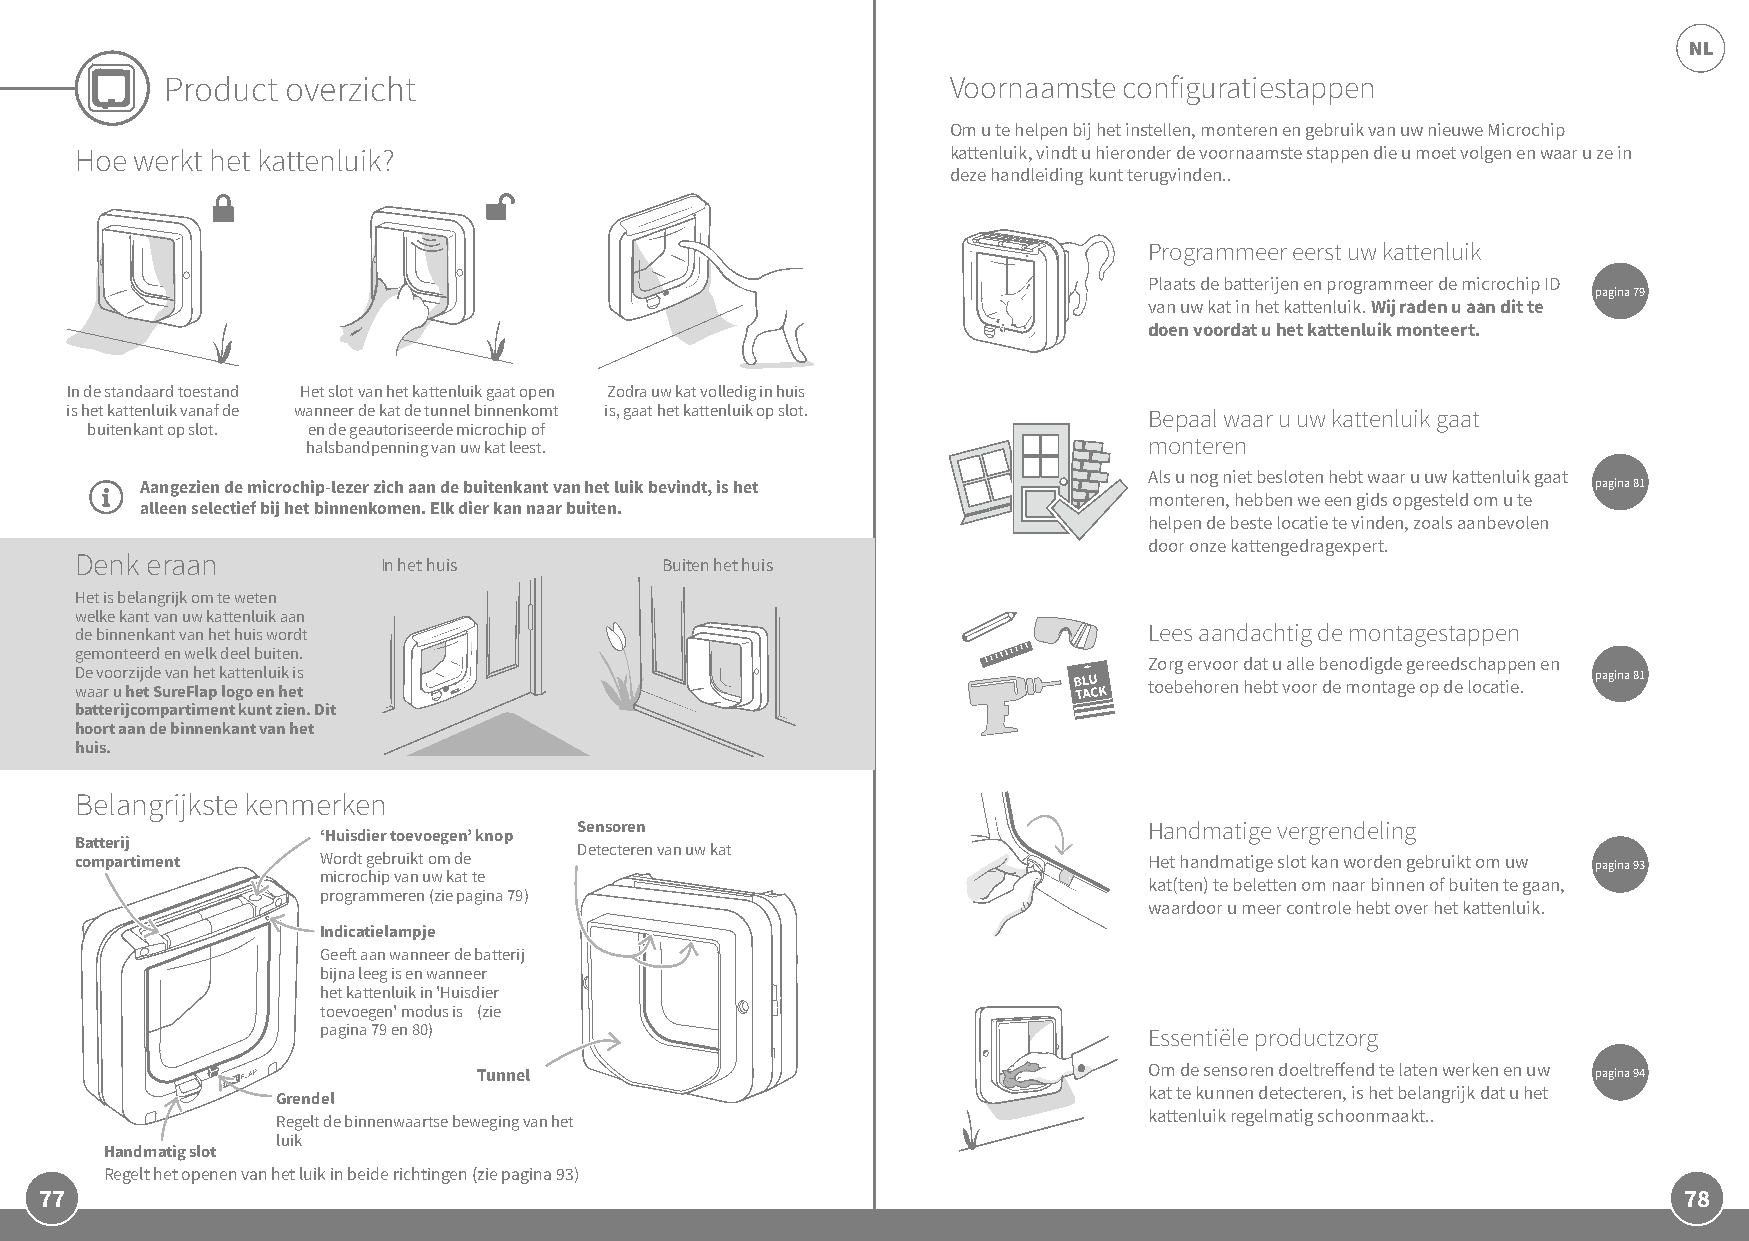
NL
 Product overzicht                                   Voornaamste configuratiestappen
 Om u te helpen bij het instellen, monteren en gebruik van uw nieuwe Microchip
 Hoe werkt het kattenluik?                                 kattenluik, vindt u hieronder de voornaamste stappen die u moet volgen en waar u ze in
 deze handleiding kunt terugvinden..
 Programmeer eerst uw kattenluik
 Plaats de batterijen en programmeer de microchip ID
 pagina 79
 van uw kat in het kattenluik. Wij raden u aan dit te
 doen voordat u het kattenluik monteert.
 In de standaard toestand Het slot van het kattenluik gaat open Zodra uw kat volledig in huis
 is het kattenluik vanaf de wanneer de kat de tunnel binnenkomt is, gaat het kattenluik op slot. Bepaal waar u uw kattenluik gaat
 buitenkant op slot. en de geautoriseerde microchip of
 halsbandpenning van uw kat leest.                       monteren
 Als u nog niet besloten hebt waar u uw kattenluik gaat
 Aangezien de microchip-lezer zich aan de buitenkant van het luik bevindt, is het                 pagina 81
 monteren, hebben we een gids opgesteld om u te
 alleen selectief bij het binnenkomen. Elk dier kan naar buiten.
 helpen de beste locatie te vinden, zoals aanbevolen
 door onze kattengedragexpert.
 Denk eraan
 In het huis        Buiten het huis
 Het is belangrijk om te weten
 welke kant van uw kattenluik aan
 de binnenkant van het huis wordt                                       Lees aandachtig de montagestappen
 gemonteerd en welk deel buiten.
 Zorg ervoor dat u alle benodigde gereedschappen en
 De voorzijde van het kattenluik is                                                                   pagina 81
 waar u het SureFlap logo en het                                        toebehoren hebt voor de montage op de locatie.
 batterijcompartiment kunt zien. Dit
 hoort aan de binnenkant van het
 huis.
 Belangrijkste kenmerken
 Sensoren                              Handmatige vergrendeling
 ‘Huisdier toevoegen’ knop
 Batterij                         Detecteren van uw kat
 compartiment    Wordt gebruikt om de                                   Het handmatige slot kan worden gebruikt om uw pagina 93
 microchip van uw kat te
 kat(ten) te beletten om naar binnen of buiten te gaan,
 programmeren (zie pagina 79)
 waardoor u meer controle hebt over het kattenluik.
 Indicatielampje
 Geeft aan wanneer de batterij
 bijna leeg is en wanneer
 het kattenluik in 'Huisdier
 toevoegen' modus is (zie
 pagina 79 en 80)                                       Essentiële productzorg
 Tunnel                              Pg      Om de sensoren doeltreffend te laten werken en uw pagina 94
 kat te kunnen detecteren, is het belangrijk dat u het
 Grendel
 kattenluik regelmatig schoonmaakt..
 Regelt de binnenwaartse beweging van het
 luik
 Handmatig slot
 Regelt het openen van het luik in beide richtingen (zie pagina 93)
 77                                                                                                          78